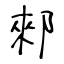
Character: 郲